Insane asylums in Bengal annual reports 1867-1875 - 1867-1875
Year: 1867
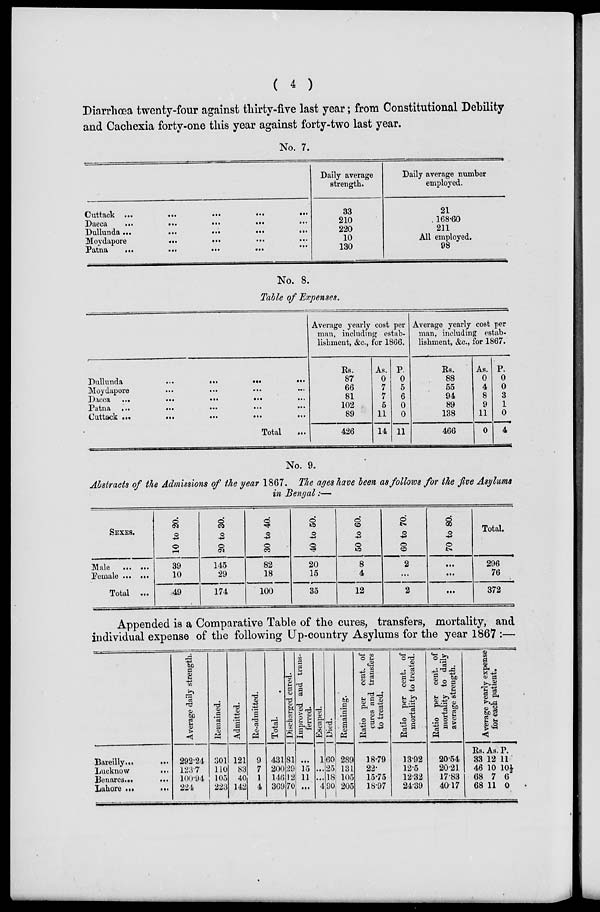
( 4 )
Diarrhœa twenty-four against thirty-five last year; from Constitutional Debility
and Cachexia forty-one this year against forty-two last year.
No. 7.
Cuttack ...
...
...
...
...
Dacca
...
...
...
...
...
Dullunda ...
...
...
...
...
Moydapore
...
...
...
...
Patna
...
...
...
... ...
Daily average
strength.
33
210
220
10
130
Daily average number
employed.
21
168.60
211
All employed.
98
No. 8.
Table of Expenses.
Dullunda
...
...
...
...
Moydapore ... ... ... ...
Dacca ...
...
...
...
...
Patna ...
...
...
...
...
Cuttack ...
...
...
... ...
Total ...
Average yearly cost per
man, including estab-
lishment, &c., for 1866.
Rs.
87
66
81
102
89
426
As.
0
7
7
5
11
14
P.
0
5
6
0
0
11
Average yearly cost per
man, including estab-
lishment, &c., for 1867.
Rs.
88
55
94
89
138
466
As.
0
4
8
9
11
0
P.
0
0
3
1
0
4
No. 9.
Abstracts of the Admissions of the year 1867. The ages have been as follows for the five Asylums
in Bengal:—
SEXES.
Male ... ...
Female ... ...
Total ...
10 to 20.
39
10
49
20 to 30.
145
29
174
30 to 40.
82
18
100
40 to 50.
20
15
35
50 to 60.
8
4
12
60 to 70.
2
...
2
70 to 80.
...
...
...
Total.
296
76
372
Appended is a Comparative Table of the cures, transfers, mortality, and
individual expense of the following Up-country Asylums for the year 1867 :—
Bareilly...
...
Lucknow
...
Benares...
...
Lahore ...
...
Average daily strength.
292.24
123.7
100.94
224
Remained.
301
110
105
223
Admitted.
121
83
40
142
Re-admitted.
9
7
1
4
Total.
431
200
146
369
Discharged cured.
81
29
12
70
Improved and trans-
ferred.
...
15
11
...
Escaped.
1
...
...
4
Died.
60
25
18
90
Remaining.
289
131
105
205
Ratio per cent. of
cures and transfers
to treated.
18.79
22.
15.75
18.97
Ratio per cent. of
mortality to treated.
13.92
12.5
12.32
24.39
Ratio per cent. of
mortality to daily
average strength.
20.54
20.21
17.83
40.17
Average yearly expense
for each patient.
Rs.
33
46
68
68
As.
12
10
7
11
P.
11
10
6
0